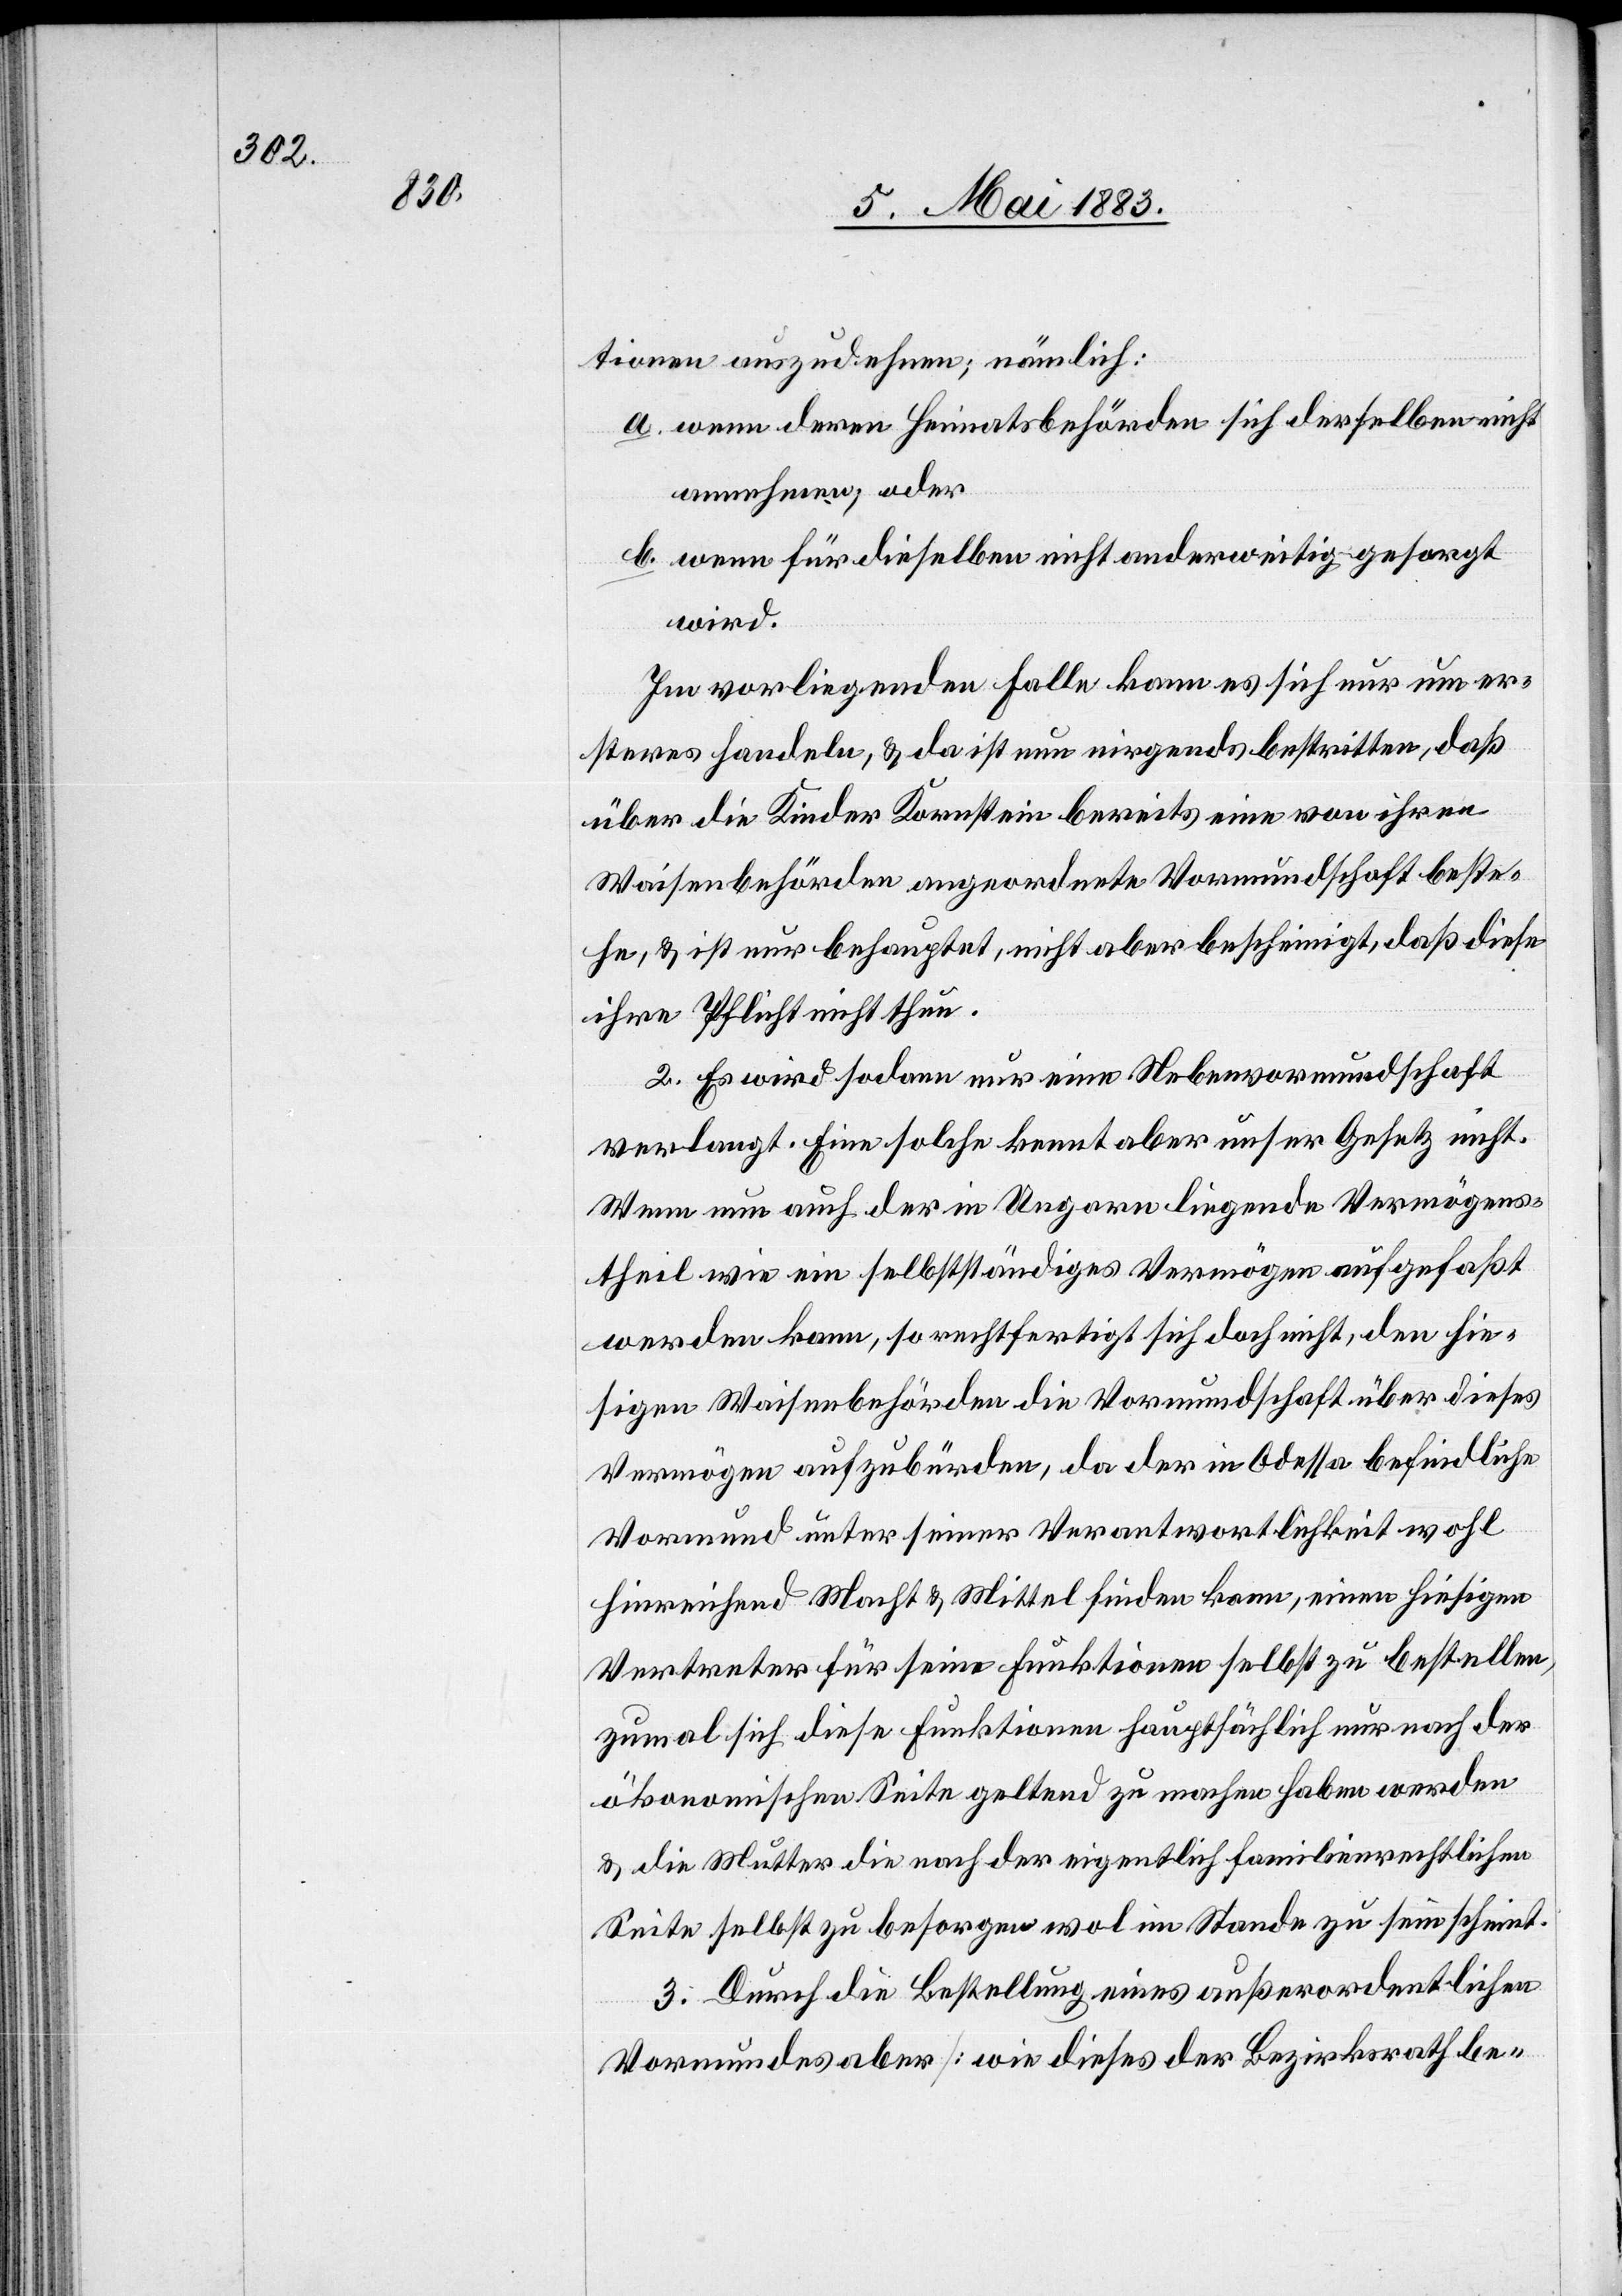
tionen auszudehnen; nämlich:
a. wenn deren Heimatsbehörden sich derselben nicht
annehmen, oder
b. wenn für dieselben nicht anderweitig gesorgt
wird.
Im vorliegenden Falle kann es sich nur um er¬
steres handeln, & da ist nun nirgends bestritten, daß
über die Kinder Kornstein bereits eine von ihren
Waisenbehörden angeordnete Vormundschaft beste¬
he, & ist nur behauptet, nicht aber bescheinigt, daß diese
ihre Pflicht nicht thun.
2. Es wird sodann nur eine Nebenvormundschaft
verlangt. Eine solche kennt aber unser Gesetz nicht.
Wenn nun auch der in Ungarn liegende Vermögens¬
theil wie ein selbstständiges Vermögen aufgefaßt
werden kann, so rechtfertigt sich doch nicht, den hie¬
sigen Waisenbehörden die Vormundschaft über dieses
Vermögen aufzubürden, da der in Odessa befindliche
Vormund unter seiner Verantwortlichkeit wohl
hinreichend Macht & Mittel finden kann, einen hiesigen
Vertreter für seine Funktionen selbst zu bestellen,
zumal sich diese Funktionen hauptsächlich nur nach der
ökonomischen Seite geltend zu machen haben werden
& die Mutter die nach der eigentlich familienrechtlichen
Seite selbst zu besorgen wol im Stande zu sein scheint.
3. Durch die Bestellung eines außerordentlichen
Vormundes aber [wie dieses der Bezirksrath be-